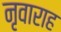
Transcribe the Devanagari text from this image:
नृवाराह